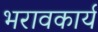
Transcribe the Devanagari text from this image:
भरावकार्य